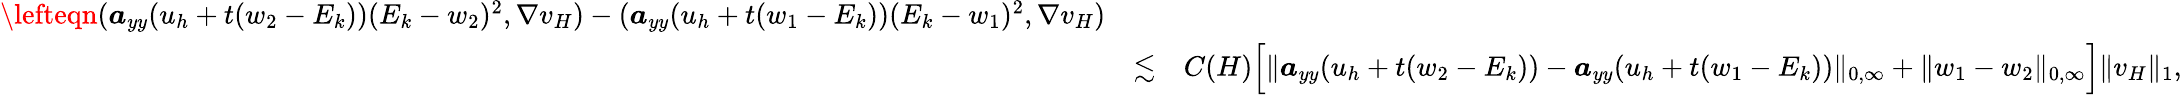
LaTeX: \begin{array}{rlr}{\lefteqn{(\boldsymbol{a}_{yy}(u_{h}+t(w_{2}-E_{k}))(E_{k}-w_{2})^{2},\nabla v_{H})-(\boldsymbol{a}_{yy}(u_{h}+t(w_{1}-E_{k}))(E_{k}-w_{1})^{2},\nabla v_{H})}}\\ &{\lesssim}&{C(H)\Big[\| \boldsymbol{a}_{yy}(u_{h}+t(w_{2}-E_{k}))-\boldsymbol{a}_{yy}(u_{h}+t(w_{1}-E_{k}))\| _{0,\infty}+\| w_{1}-w_{2}\| _{0,\infty}\Big]\| v_{H}\| _{1},}\end{array}